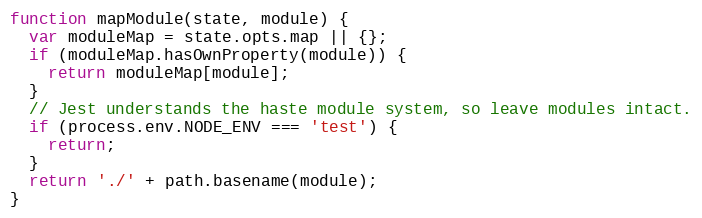
Language: JavaScript
function mapModule(state, module) {
  var moduleMap = state.opts.map || {};
  if (moduleMap.hasOwnProperty(module)) {
    return moduleMap[module];
  }
  // Jest understands the haste module system, so leave modules intact.
  if (process.env.NODE_ENV === 'test') {
    return;
  }
  return './' + path.basename(module);
}